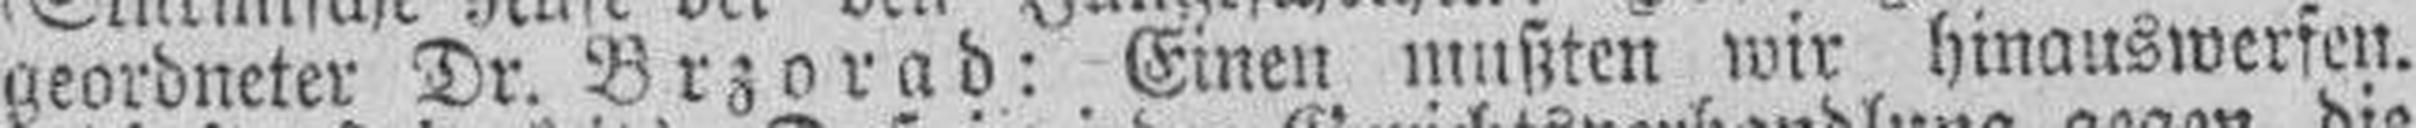
geordneter Dr. Brzorad: Einen mußten wir hinauswerfen.